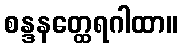
စန္ဒနတ္ထေရဂါထာ။